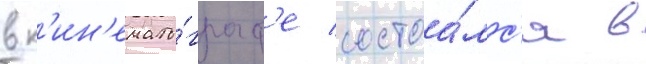
в к'ин'емато́граф'е состоа́лс'я в